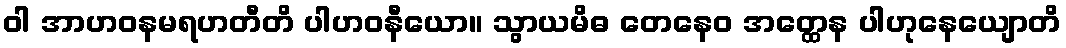
ဝါ အာဟဝနမရဟတီတိ ပါဟဝနီယော။ သွာယမိဓ တေနေဝ အတ္ထေန ပါဟုနေယျောတိ